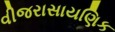
વીજરાસાયણિક